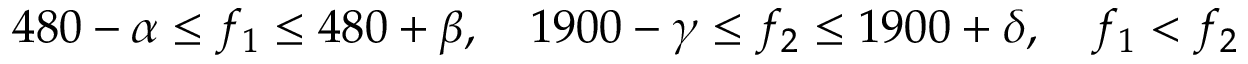
4 8 0 - \alpha \leq f _ { 1 } \leq 4 8 0 + \beta , \quad 1 9 0 0 - \gamma \leq f _ { 2 } \leq 1 9 0 0 + \delta , \quad f _ { 1 } < f _ { 2 }